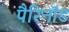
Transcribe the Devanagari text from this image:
पैरिनॉड